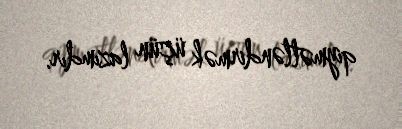
qiymətləndirmək üçün lazımdır.